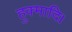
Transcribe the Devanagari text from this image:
हुक्मादि।